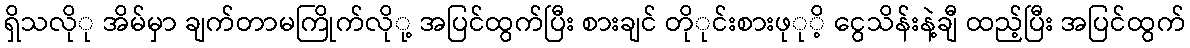
ရှိသလိုု အိမ်မှာ ချက်တာမကြိုက်လိုု့ အပြင်ထွက်ပြီး စားချင် တိုုင်းစားဖုုိ့ ငွေသိန်းနဲ့ချီ ထည့်ပြီး အပြင်ထွက်